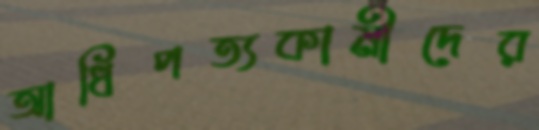
আধিপত্যকামীদের